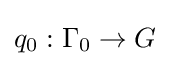
q_{0}:\Gamma _{0}\to G